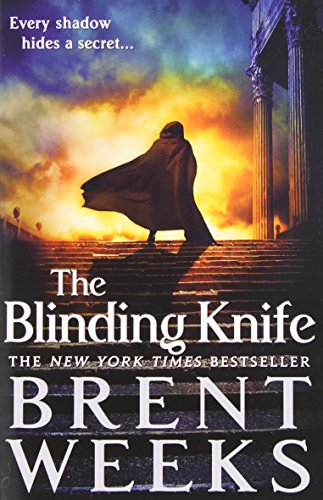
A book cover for The Blinding Knife (Lightbringer); Brent Weeks; Science Fiction & Fantasy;